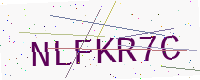
Text: NLFKR7C